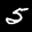
Label: 5